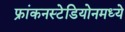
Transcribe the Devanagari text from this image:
फ्रांकनस्टेडियोनमध्ये